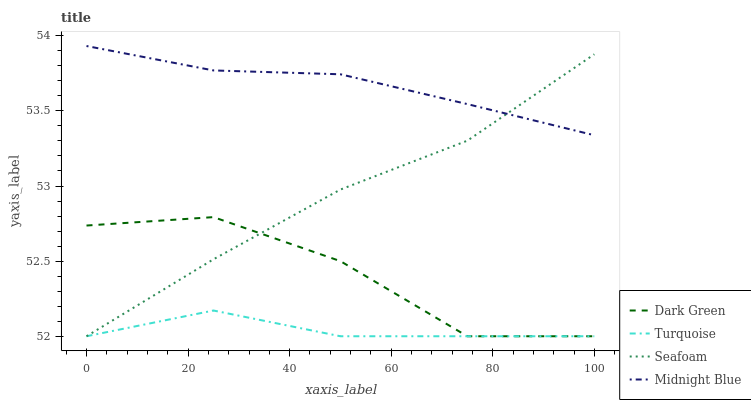
| xaxis_label | Dark Green | Turquoise | Seafoam | Midnight Blue |
 | --- | --- | --- | --- | --- |
 | 0 | 52.7 | 52 | 52 | 53.9 |
 | 25 | 52.8 | 52.2 | 52.5 | 53.8 |
 | 50 | 52.5 | 52 | 53 | 53.7 |
 | 75 | 52 | 52 | 53.3 | 53.5 |
 | 100 | 52 | 52 | 53.9 | 53.3 |